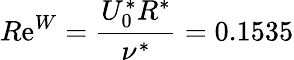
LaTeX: R\mathrm{e}^{W}=\frac{{U_{0}^{*}R^{*}}}{{\nu^{*}}}=0.1535